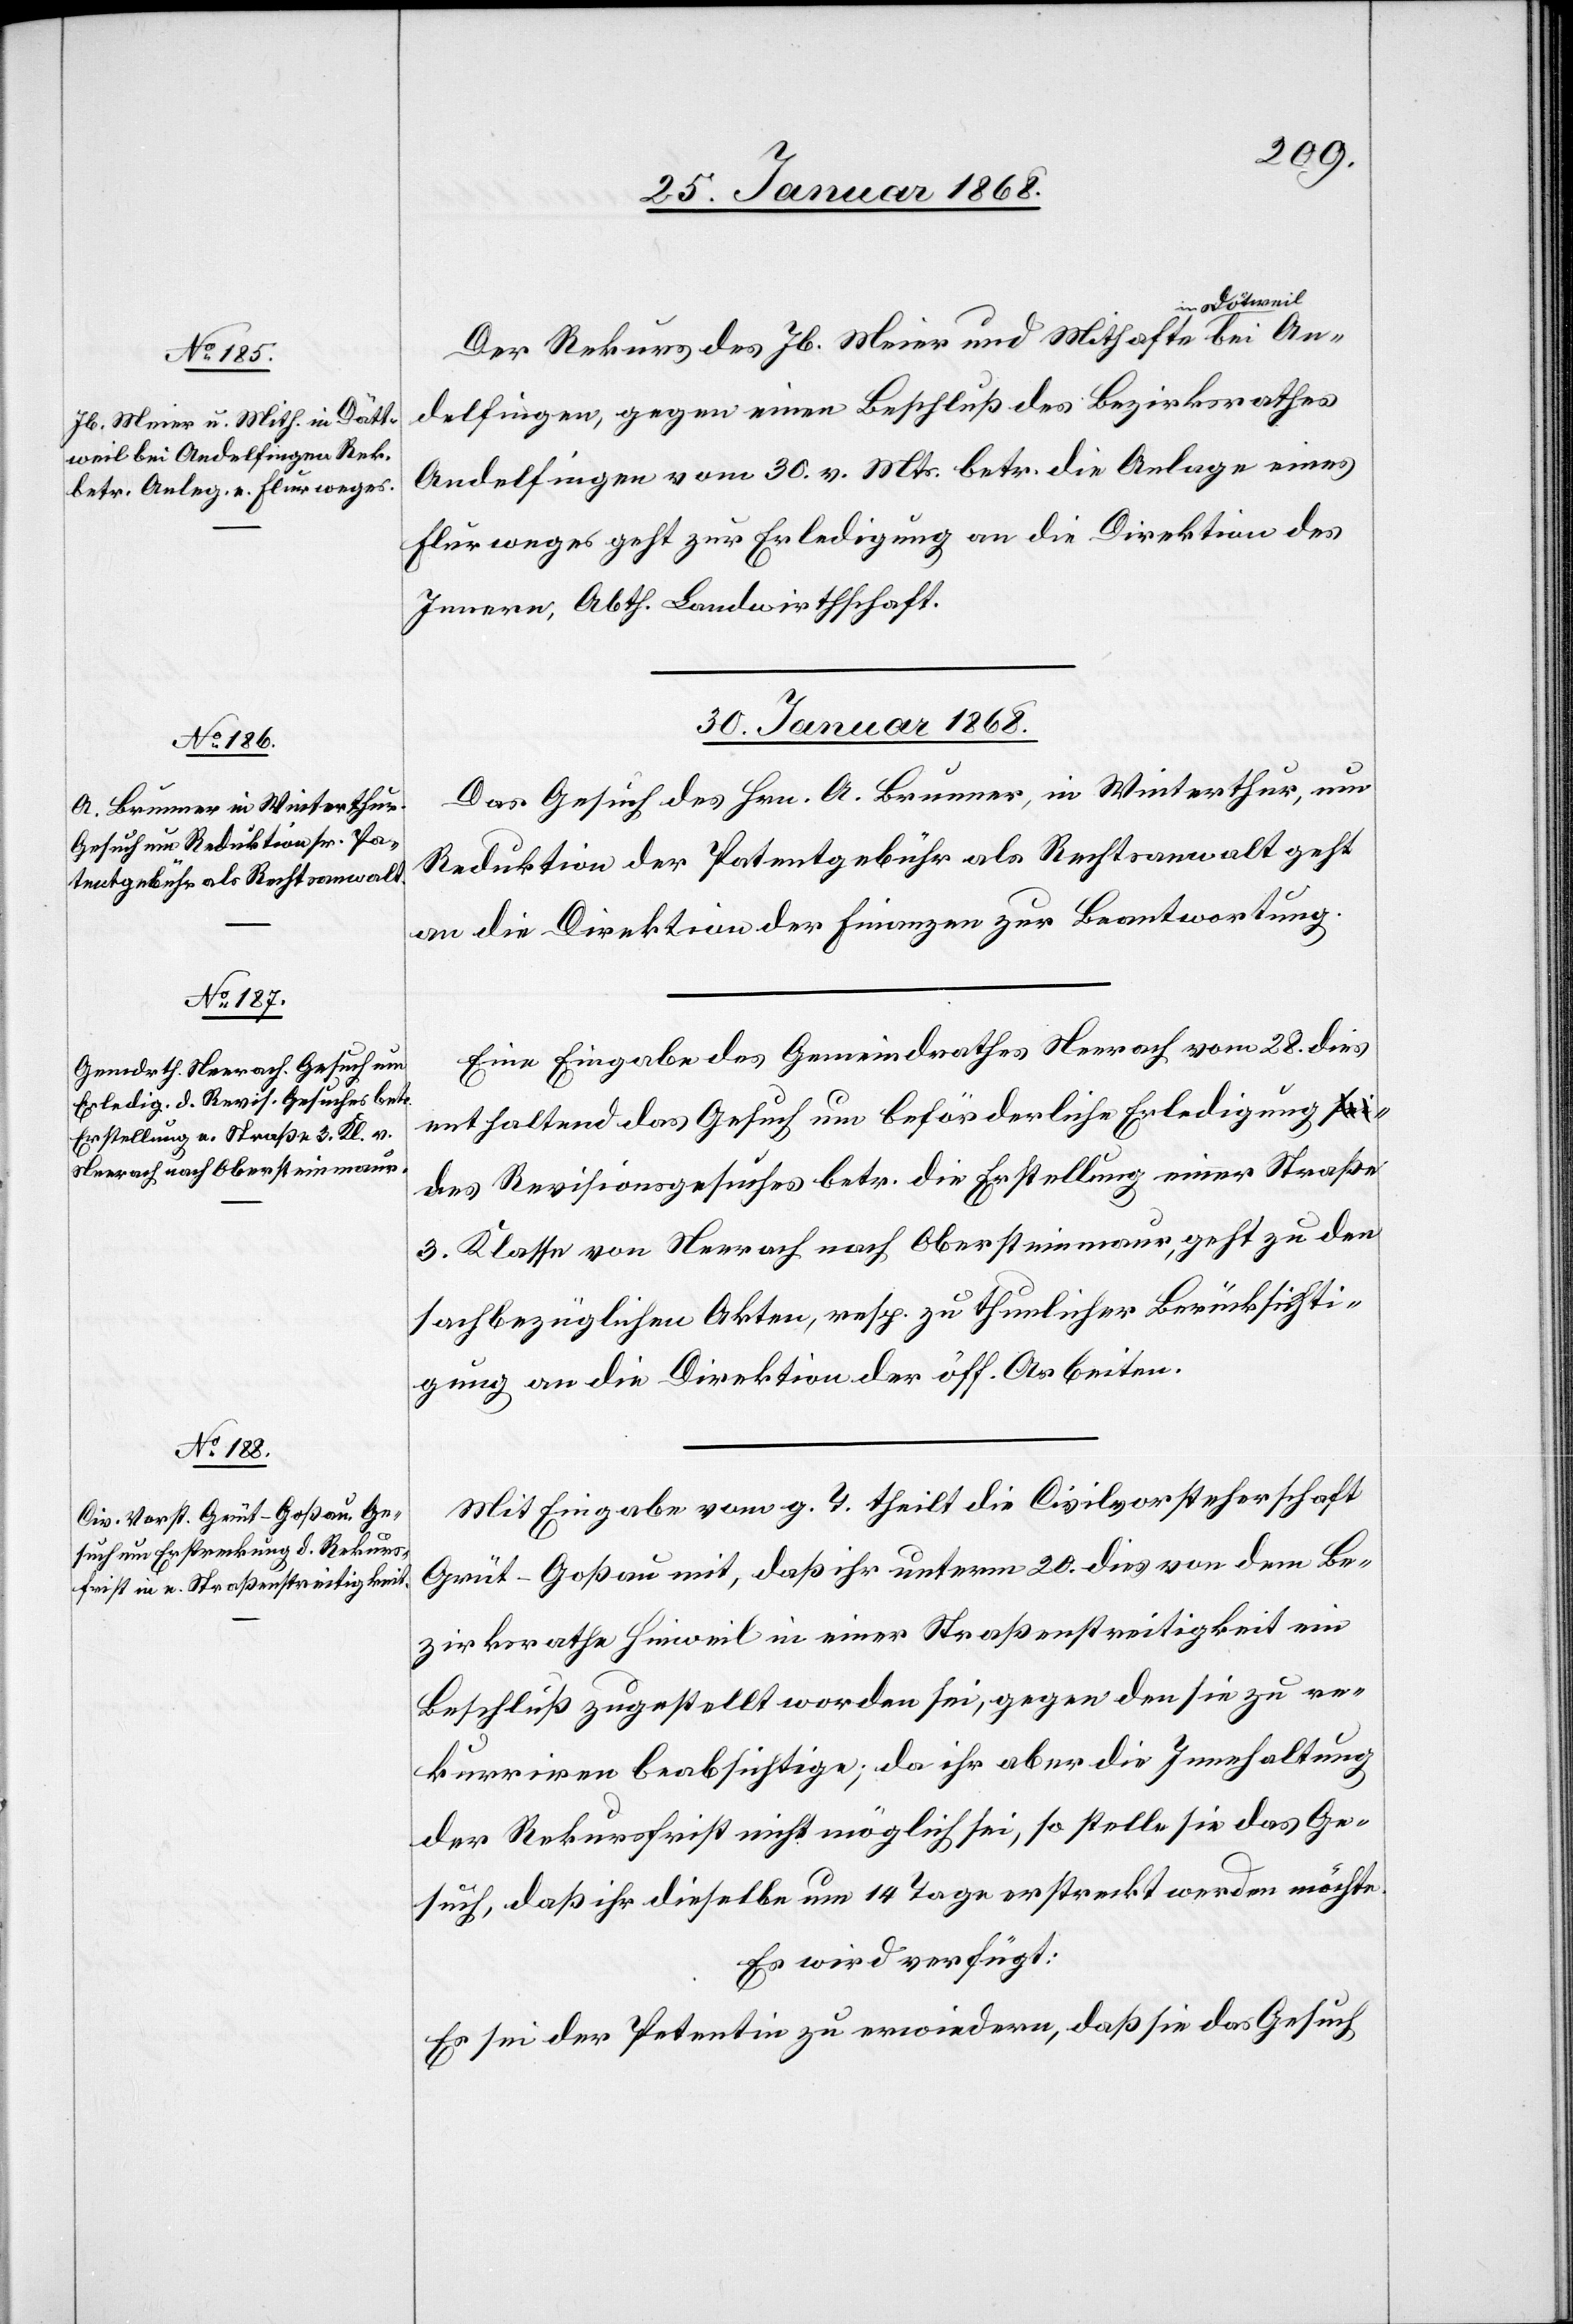
29. Januar 1868.]
Dättweil]
Der Rekurs des Jb. Meier und Mithafte in
Andelfingen, gegen einen Beschluß des Bezirksrathes
Andelfingen vom 30. v. Mts. betr. die Anlage eines
Flurweges geht zur Erledigung an die Direktion des
Innern, Abth. Landwirthschaft.
30. Januar 1868.]
Das Gesuch des Hrn. A. Brunner, in Winterthur, um
Reduktion der Patentgebühr als Rechtsanwalt geht
an die Direktion der Finanzen zur Beantwortung.
Eine Eingabe des Gemeindrathes Neerach vom 28. dies
enthaltend das Gesuch um beförderliche Erledigung
des Revisionsgesuches betr. die Erstellung einer Straße
3. Klasse von Neerach nach Obersteinmaur, geht zu den
sachbezüglichen Akten, resp. zu thunlicher Berücksichti¬
gung an die Direktion der öff. Arbeiten.
Mit Eingabe vom g. T. theilt die Civilvorsteherschaft
Grüt-Goßau mit, daß ihr unterm 20. dies von dem Be¬
zirksrathe Hinweil in einer Straßenstreitigkeit ein
Beschluß zugestellt worden sei, gegen den sie zu re¬
kurriren beabsichtige; da ihr aber die Innehaltung
der Rekursfrist nicht möglich sei, so stelle sie das Ge¬
such, daß ihr dieselbe um 14 Tage erstreckt werden möchte.
Es wird verfügt:
Es sei der Petentin zu erwiedern, daß sie das Gesuch